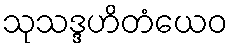
သုသဒ္ဒဟိတံယေဝ